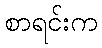
စာရင်းက